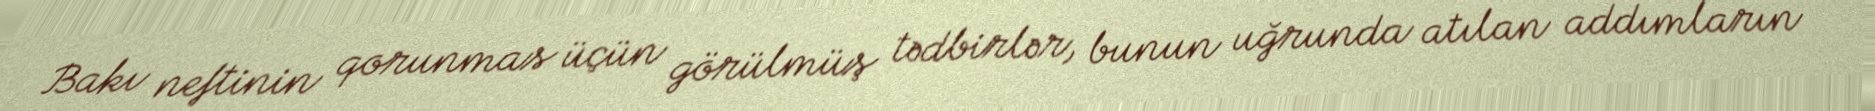
Bakı neftinin qorunmas üçün görülmüş tədbirlər, bunun uğrunda atılan addımların